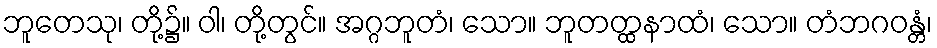
ဘူတေသု၊ တို့၌။ ဝါ၊ တို့တွင်။ အဂ္ဂဘူတံ၊ သော။ ဘူတတ္ထနာထံ၊ သော။ တံဘဂဝန္တံ၊